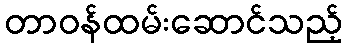
တာဝန်ထမ်းဆောင်သည့်